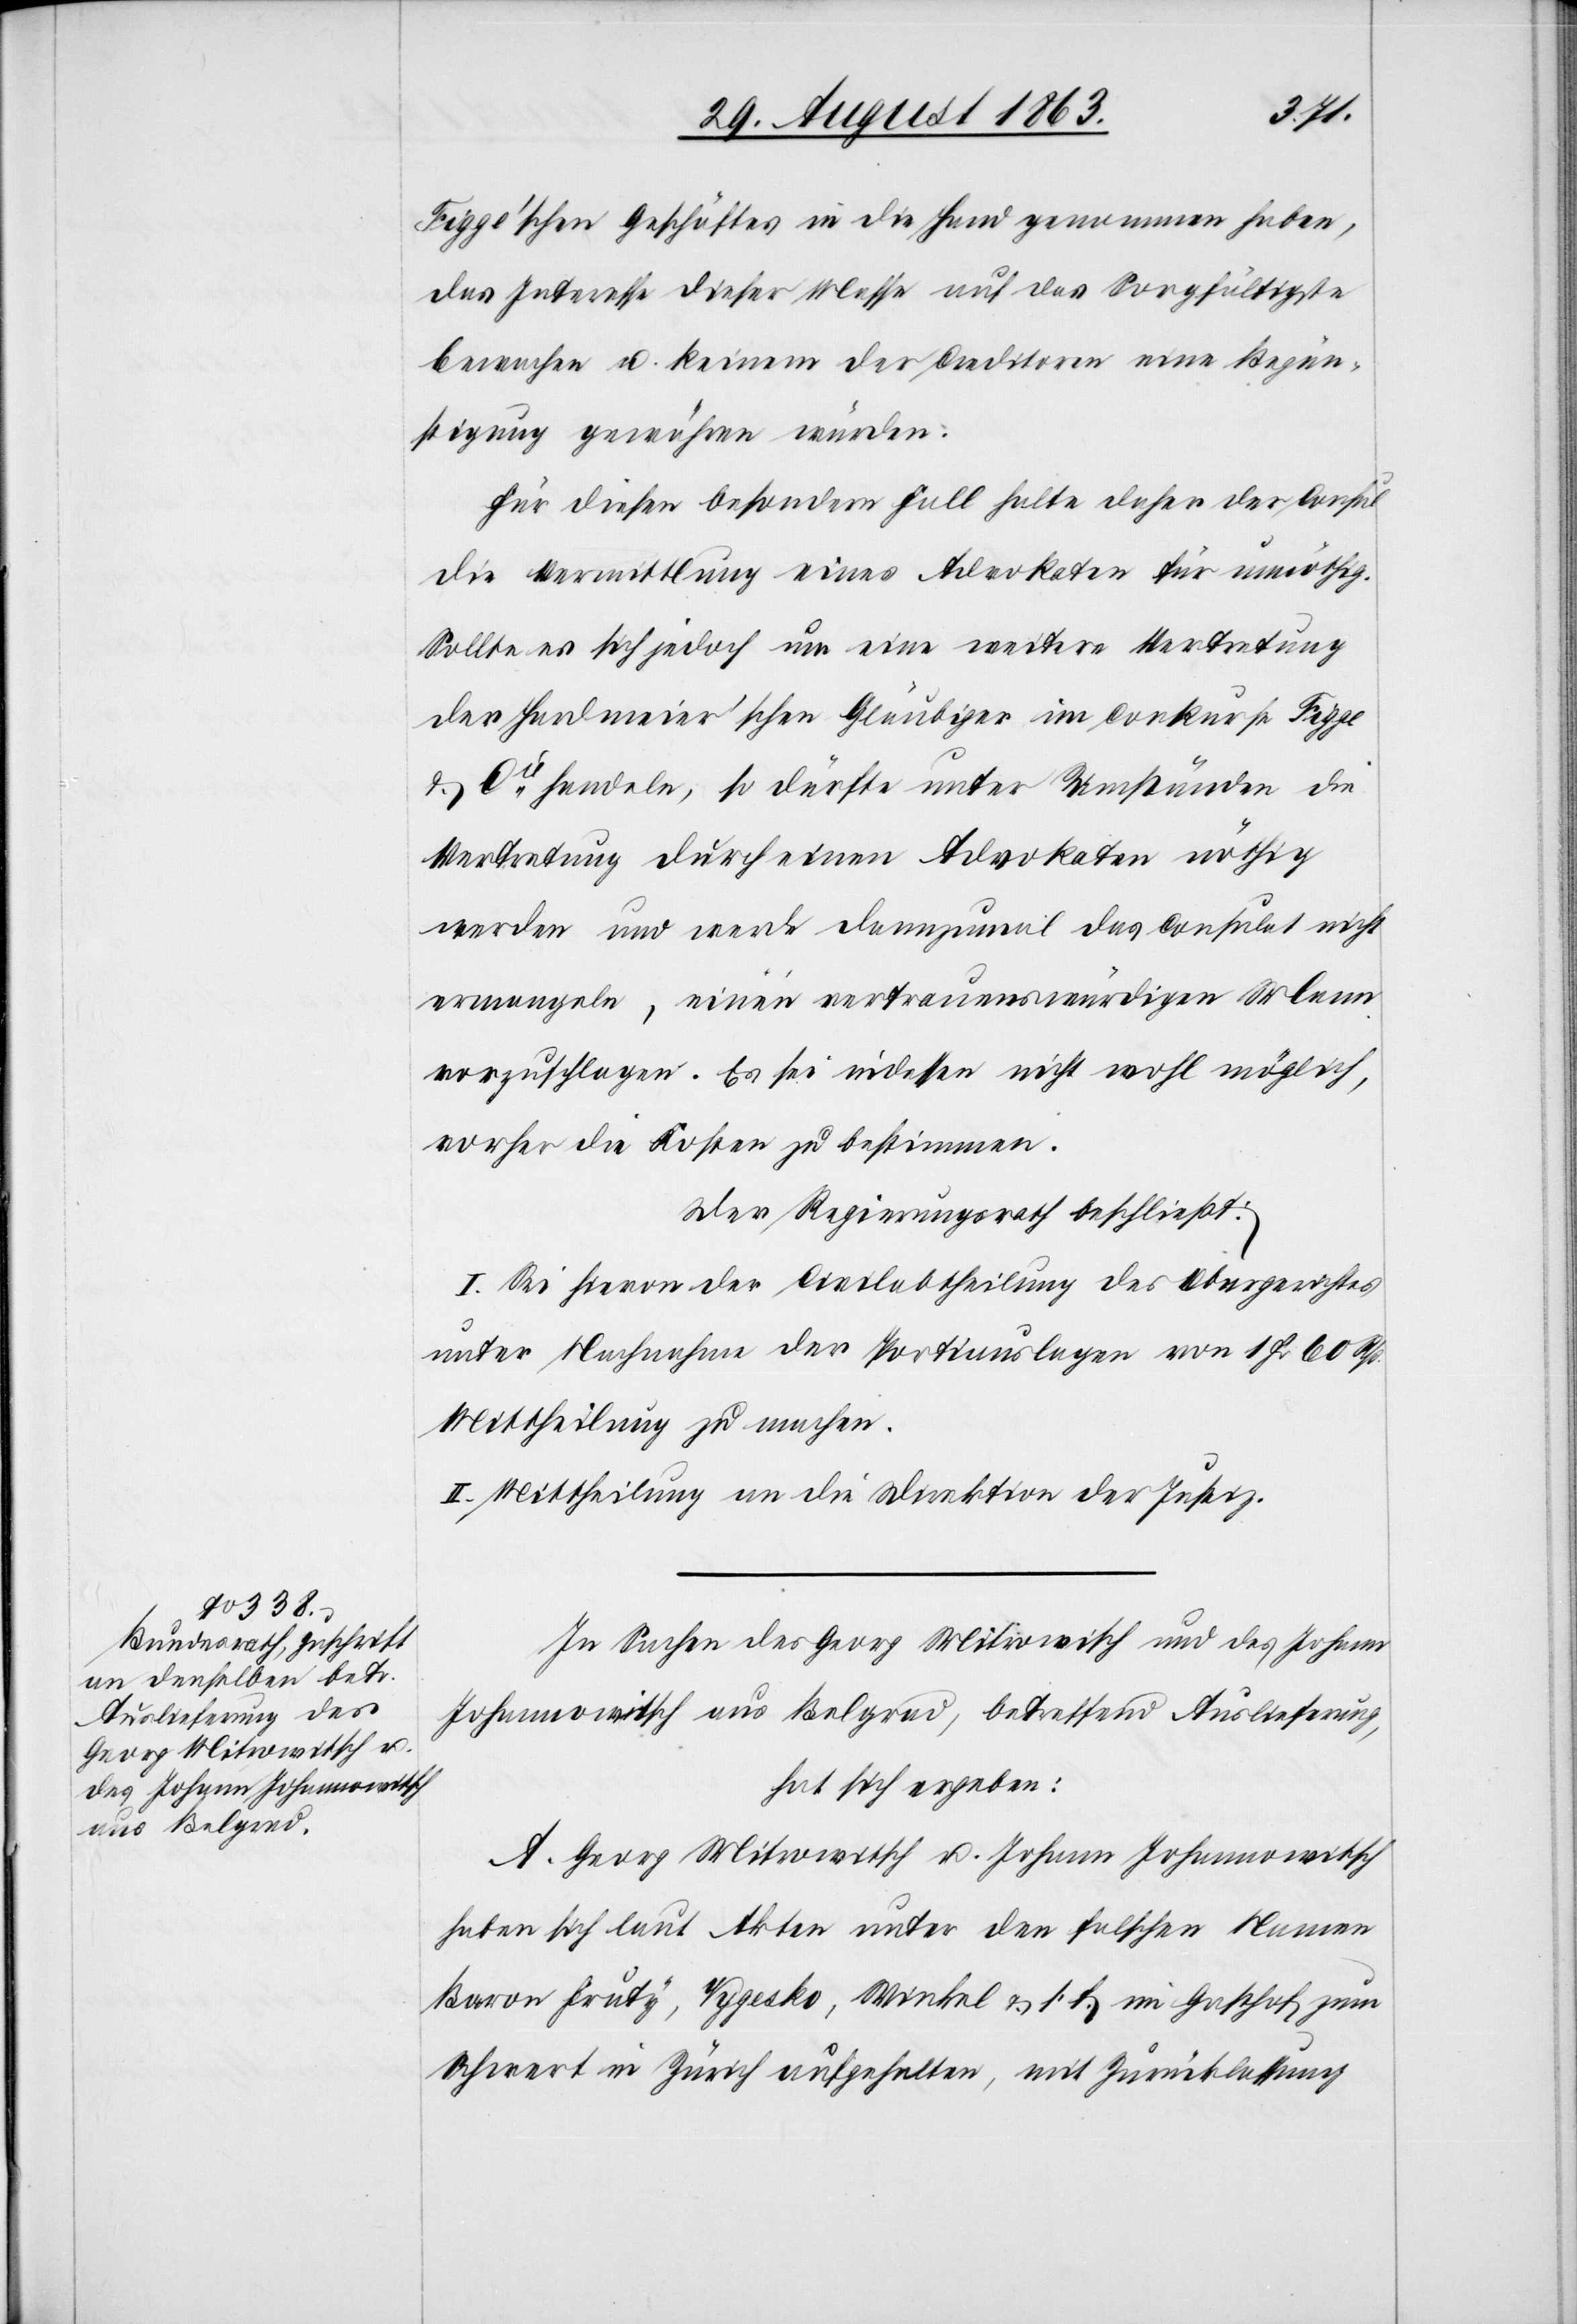
Figge'schen Geschäftes in die Hand genommen haben,
das Interesse dieser Masse auf das Sorgfältigste
bewachen u. keinem der Creditoren eine Begün¬
stigung gewähren würden.
Für diesen besondern Fall halte daher der Consul
die Vermittlung eines Advokaten für unnöthig.
Sollte es sich jedoch um eine weitere Vertretung
der Hardmeier'schen Gläubiger im Conkurse Figge
& Cie handeln, so dürfte unter Umständen die
Vertretung durch einen Advokaten nöthig
werden und werde dannzumal das Consulat nicht
ermangeln, einen vertrauenswürdigen Mann
vorzuschlagen. Es sei indessen nicht wohl möglich,
vorher die Kosten zu bestimmen.
Der Regierungsrath beschließt:
I. Sei hievon der Civilabtheilung des Obergerichtes
unter Nachnahme der Portiauslagen von 1 Fr. 60 Rp.
Mittheilung zu machen.
II. Mittheilung an die Direktion der Justiz.
In Sachen des Georg Mitrowisch [sic!] und des Johann
Johannowitsch aus Belgrad, betreffend Auslieferung,
hat sich ergeben:
A. Georg Mitrowitsch u. Johann Johannowitsch
haben sich laut Akten unter den falschen Namen
Baron Fruty, Vygesko, Winkel & s. f. im Gasthof zum
Schwert in Zürich aufgehalten, mit Zurücklassung